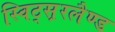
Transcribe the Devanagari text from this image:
स्विट्स़रलैण्ड